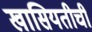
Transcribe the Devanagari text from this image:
खासियतीची